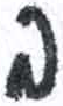
אות: ב